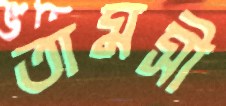
তামসী